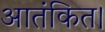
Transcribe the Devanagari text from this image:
आतंकित।